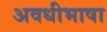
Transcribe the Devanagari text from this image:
अवधीभाषा